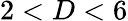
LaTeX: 2<D<6